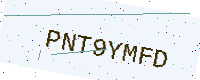
Text: PNT9YMFD